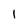
Character: 1